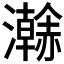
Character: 𤃬